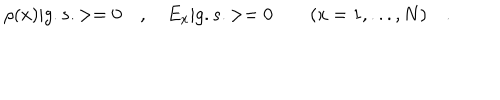
\rho ( x ) | g . s . > = 0 \quad , \quad E _ { x } | g . s . > = 0 \quad \quad ( x = 1 , . . . , N ) \quad .